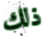
ذلك